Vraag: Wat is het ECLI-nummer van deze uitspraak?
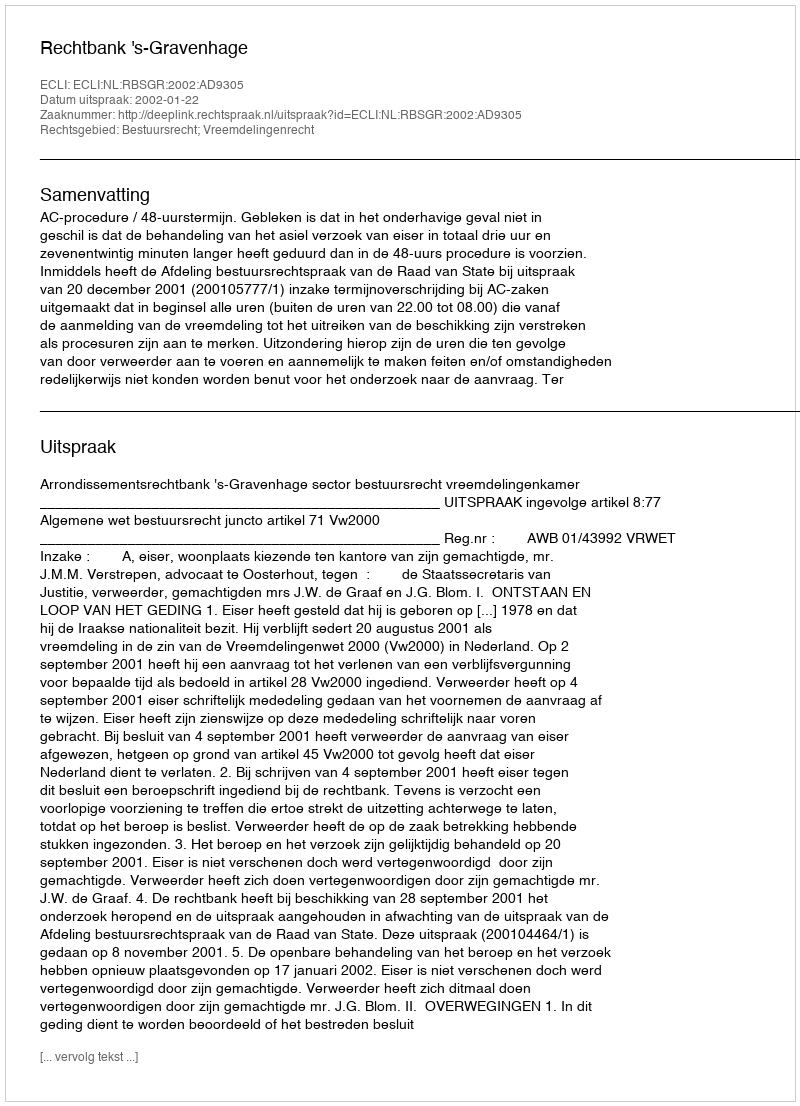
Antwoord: ECLI:NL:RBSGR:2002:AD9305